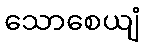
သောစေယျံ